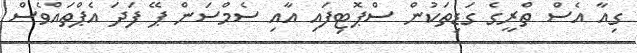
ގިއާ އެސް ތްރީގެ ގަޑިތަކުން ސްޕޮޓިފައި އާއި ސެމްސަން ޕޭ ފަދަ އެޕްތައްވެސް